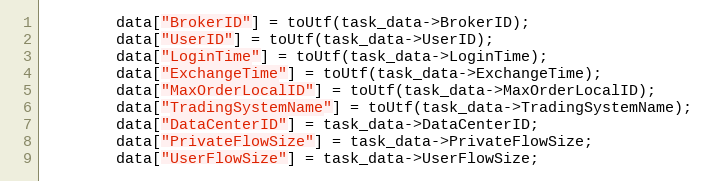
Language: C++
		data["BrokerID"] = toUtf(task_data->BrokerID);
		data["UserID"] = toUtf(task_data->UserID);
		data["LoginTime"] = toUtf(task_data->LoginTime);
		data["ExchangeTime"] = toUtf(task_data->ExchangeTime);
		data["MaxOrderLocalID"] = toUtf(task_data->MaxOrderLocalID);
		data["TradingSystemName"] = toUtf(task_data->TradingSystemName);
		data["DataCenterID"] = task_data->DataCenterID;
		data["PrivateFlowSize"] = task_data->PrivateFlowSize;
		data["UserFlowSize"] = task_data->UserFlowSize;